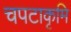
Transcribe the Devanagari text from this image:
चपटाकृमि